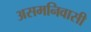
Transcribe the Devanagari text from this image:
असमनिवासी